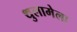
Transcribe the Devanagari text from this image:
थुलामेला